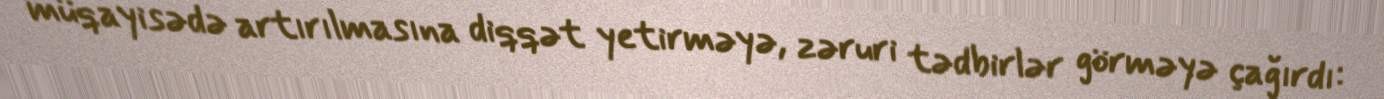
müqayisədə artırılmasına diqqət yetirməyə, zəruri tədbirlər görməyə çağırdı: